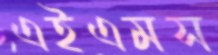
এইএমস